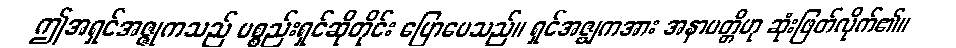
ဤအရှင်အဇ္ဇုကသည် ပစ္စည်းရှင်ဆိုတိုင်း ပြောပေသည်။ ရှင်အဇ္ဈကအား အနာပတ္တိဟု ဆုံးဖြတ်လိုက်၏။